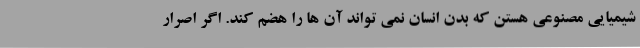
شیمیایی مصنوعی هستن که بدن انسان نمی تواند آن ها را هضم کند. اگر اصرار